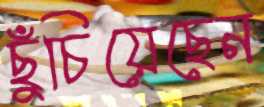
ছুঁচিয়েছেন